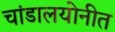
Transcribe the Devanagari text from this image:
चांडालयोनीत